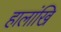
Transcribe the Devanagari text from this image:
हालांखि